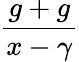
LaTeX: \frac{g+g}{x-\gamma}